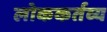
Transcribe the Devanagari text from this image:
लोककर्तव्य